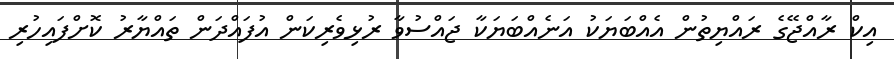
އިކް ރާއްޖޭގެ ރައްޔިތުން އެއްބަޔަކު އަނެއްބަޔަކާ ޖައްސުވާ ރުޅިވެރިކަން އުފައްދަން ތައްޔާރު ކޮށްފައިހުރި